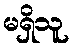
မရှိသူ